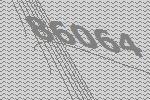
86064